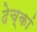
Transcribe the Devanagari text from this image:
देच्कां